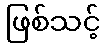
ဖြစ်သင့်